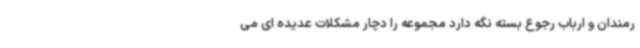
رمندان و ارباب رجوع بسته نگه دارد مجموعه را دچار مشکلات عدیده ای می